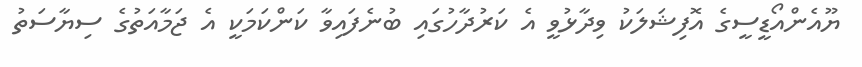
ޔޫއެންއޯޑީސީގެ އޮފިޝަލަކު ވިދާޅުވީ އެ ކަރުދާހުގައި ބުނެފައިވާ ކަންކަމަކީ އެ ޖަމާއަތުގެ ސިޔާސަތު